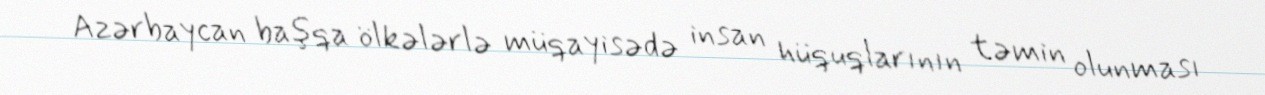
Azərbaycan başqa ölkələrlə müqayisədə insan hüquqlarının təmin olunması